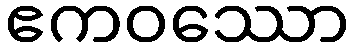
ဧကဝဿော